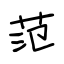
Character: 范